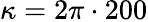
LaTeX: \kappa=2\pi\cdot 200